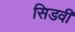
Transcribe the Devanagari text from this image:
सिडवी